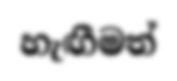
හැඟීමත්